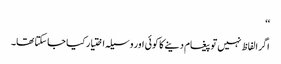
‘‘
اگر الفاظ نہیں تو پیغام دینے کا کوئی اور وسیلہ اختیار کیا جاسکتا تھا۔